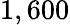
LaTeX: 1,600